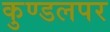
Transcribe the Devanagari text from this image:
कुण्डलपर